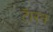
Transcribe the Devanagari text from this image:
टॅारन